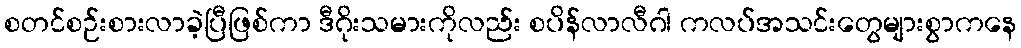
စတင်စဉ်းစားလာခဲ့ပြီဖြစ်ကာ ဒီဂိုးသမားကိုလည်း စပိန်လာလီဂါ ကလပ်အသင်းတွေများစွာကနေ